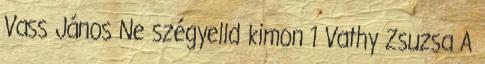
Vass János Ne szégyelld kimon 1 Vathy Zsuzsa A